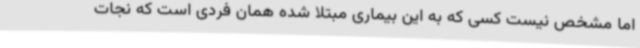
اما مشخص نیست کسی که به این بیماری مبتلا شده همان فردی است که نجات